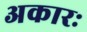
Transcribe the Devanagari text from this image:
अकारः